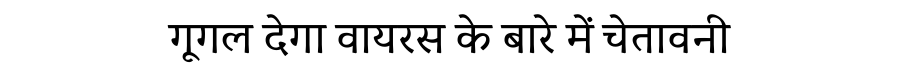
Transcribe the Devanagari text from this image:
गूगल देगा वायरस के बारे में चेतावनी